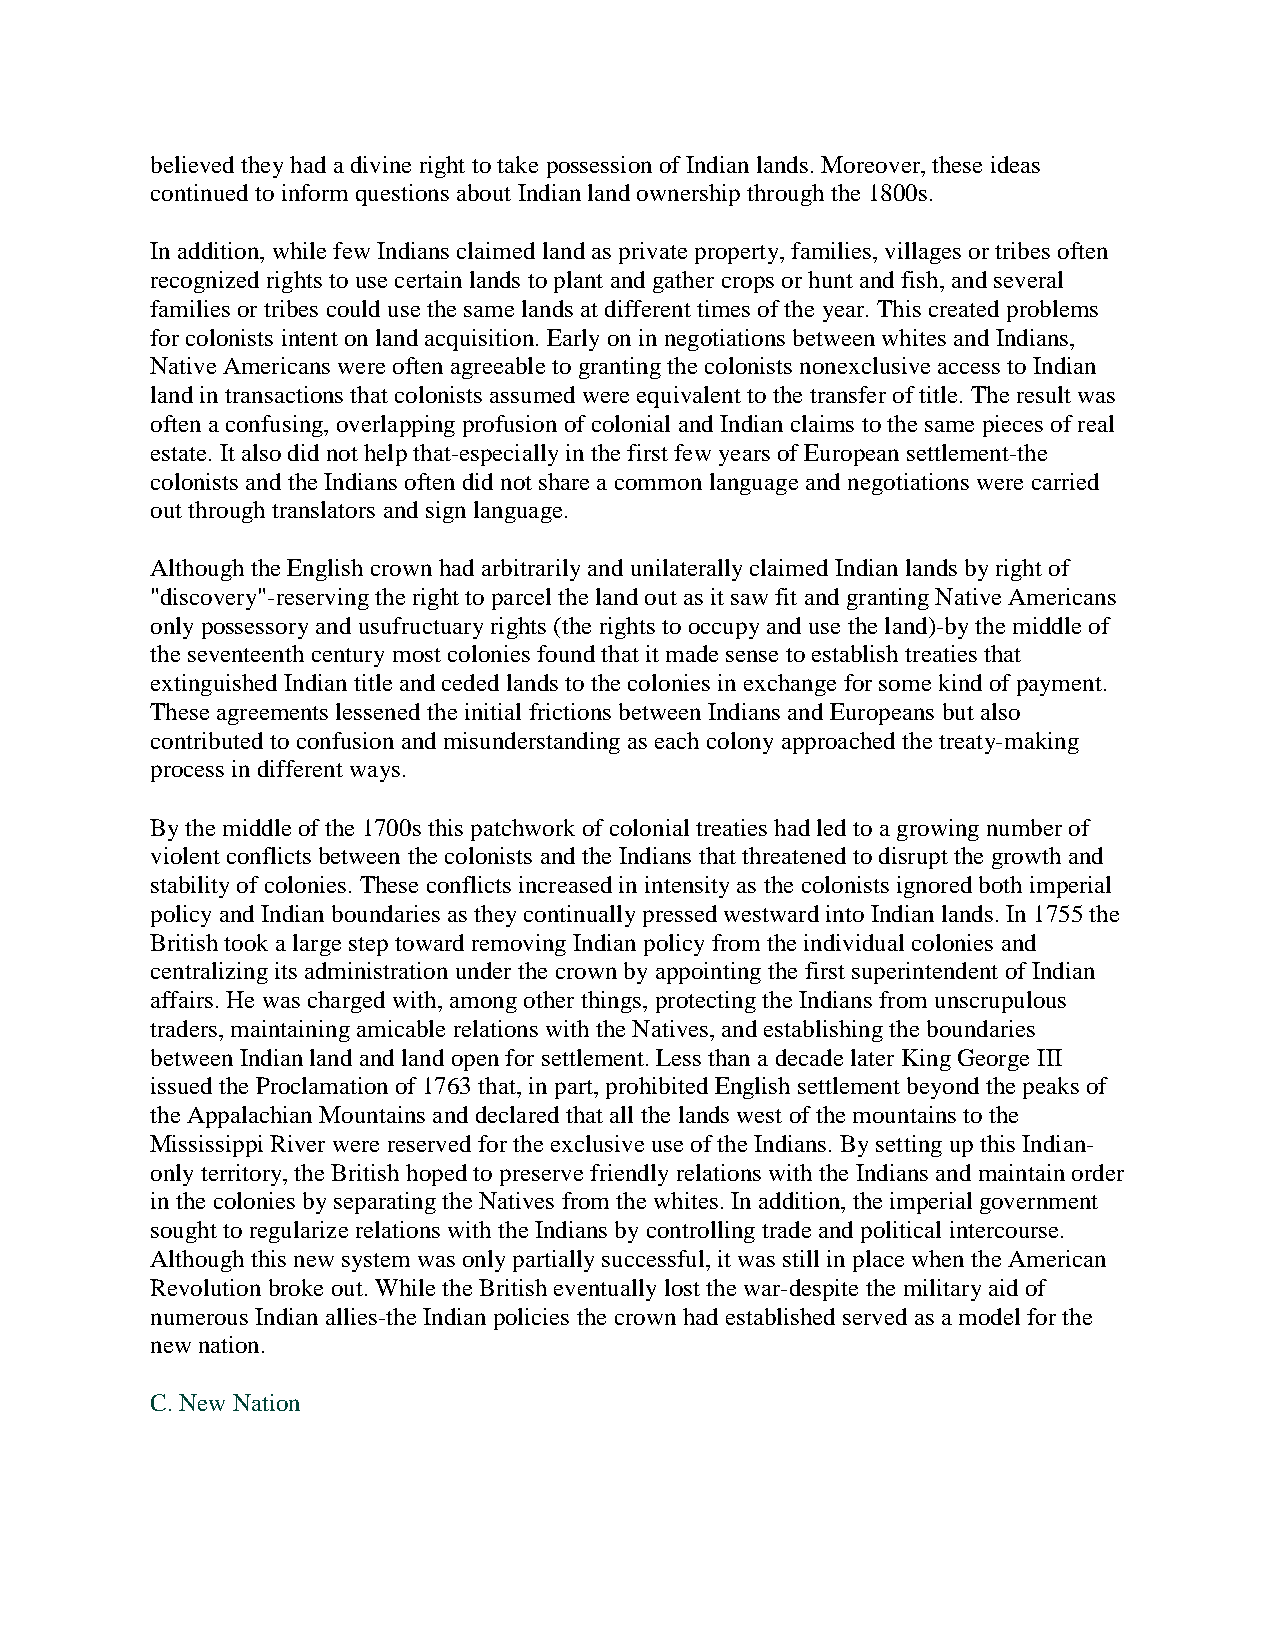
believed they had a divine right to take possession of Indian lands. Moreover, these ideas
 continued to inform questions about Indian land ownership through the 1800s.
 In addition, while few Indians claimed land as private property, families, villages or tribes often
 recognized rights to use certain lands to plant and gather crops or hunt and fish, and several
 families or tribes could use the same lands at different times of the year. This created problems
 for colonists intent on land acquisition. Early on in negotiations between whites and Indians,
 Native Americans were often agreeable to granting the colonists nonexclusive access to Indian
 land in transactions that colonists assumed were equivalent to the transfer of title. The result was
 often a confusing, overlapping profusion of colonial and Indian claims to the same pieces of real
 estate. It also did not help that-especially in the first few years of European settlement-the
 colonists and the Indians often did not share a common language and negotiations were carried
 out through translators and sign language.
 Although the English crown had arbitrarily and unilaterally claimed Indian lands by right of
 "discovery"-reserving the right to parcel the land out as it saw fit and granting Native Americans
 only possessory and usufructuary rights (the rights to occupy and use the land)-by the middle of
 the seventeenth century most colonies found that it made sense to establish treaties that
 extinguished Indian title and ceded lands to the colonies in exchange for some kind of payment.
 These agreements lessened the initial frictions between Indians and Europeans but also
 contributed to confusion and misunderstanding as each colony approached the treaty-making
 process in different ways.
 By the middle of the 1700s this patchwork of colonial treaties had led to a growing number of
 violent conflicts between the colonists and the Indians that threatened to disrupt the growth and
 stability of colonies. These conflicts increased in intensity as the colonists ignored both imperial
 policy and Indian boundaries as they continually pressed westward into Indian lands. In 1755 the
 British took a large step toward removing Indian policy from the individual colonies and
 centralizing its administration under the crown by appointing the first superintendent of Indian
 affairs. He was charged with, among other things, protecting the Indians from unscrupulous
 traders, maintaining amicable relations with the Natives, and establishing the boundaries
 between Indian land and land open for settlement. Less than a decade later King George III
 issued the Proclamation of 1763 that, in part, prohibited English settlement beyond the peaks of
 the Appalachian Mountains and declared that all the lands west of the mountains to the
 Mississippi River were reserved for the exclusive use of the Indians. By setting up this Indian-
 only territory, the British hoped to preserve friendly relations with the Indians and maintain order
 in the colonies by separating the Natives from the whites. In addition, the imperial government
 sought to regularize relations with the Indians by controlling trade and political intercourse.
 Although this new system was only partially successful, it was still in place when the American
 Revolution broke out. While the British eventually lost the war-despite the military aid of
 numerous Indian allies-the Indian policies the crown had established served as a model for the
 new nation.
 C. New Nation